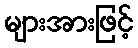
များအားဖြင့်